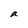
Character: a